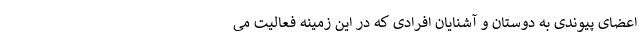
اعضای پیوندی به دوستان و آشنایان افرادی که در این زمینه فعالیت می